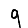
Digit: 9